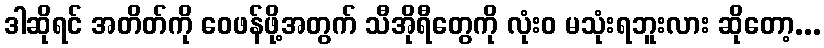
ဒါဆိုရင် အတိတ်ကို ဝေဖန်ဖို့အတွက် သီအိုရီတွေကို လုံးဝ မသုံးရဘူးလား ဆိုတော့...